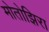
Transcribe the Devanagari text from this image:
मोतोझिरा